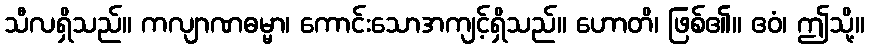
သီလရှိသည်။ ကလျာဏဓမ္မာ၊ ကောင်းသောအကျင့်ရှိသည်။ ဟောတိ၊ ဖြစ်၏။ ဧဝံ၊ ဤသို့။